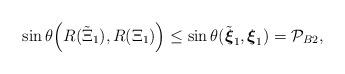
LaTeX: \begin{align*} \sin \theta \Big(R(\tilde \Xi_1),R( \Xi_1) \Big) \le \sin \theta (\tilde{\boldsymbol{\xi}}_1,\boldsymbol{\xi}_1 ) ={\mathcal P}_{B2},\end{align*}